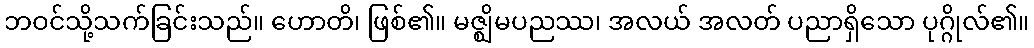
ဘဝင်သို့သက်ခြင်းသည်။ ဟောတိ၊ ဖြစ်၏။ မဇ္ဈိမပညဿ၊ အလယ် အလတ် ပညာရှိသော ပုဂ္ဂိုလ်၏။